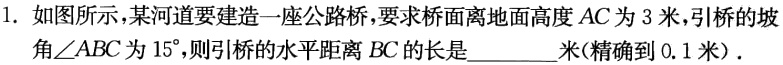
1. 如图所示，某河道要建造一座公路桥，要求桥面离地面高度\(AC\)为\(3\)米，引桥的坡角\(\angle ABC\)为\(15^{\circ}\)，则引桥的水平距离\(BC\)的长是_________米(精确到\(0.1\)米)．